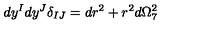
\, d y ^ { I } d y ^ { J } \delta _ { I J } = d r ^ { 2 } + r ^ { 2 } d \Omega _ { 7 } ^ { 2 }